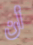
أن